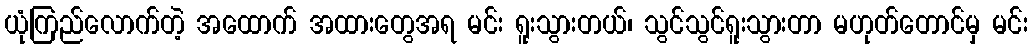
ယုံကြည်လောက်တဲ့ အထောက် အထားတွေအရ မင်း ရူးသွားတယ်၊ သွင်သွင်ရူးသွားတာ မဟုတ်တောင်မှ မင်း